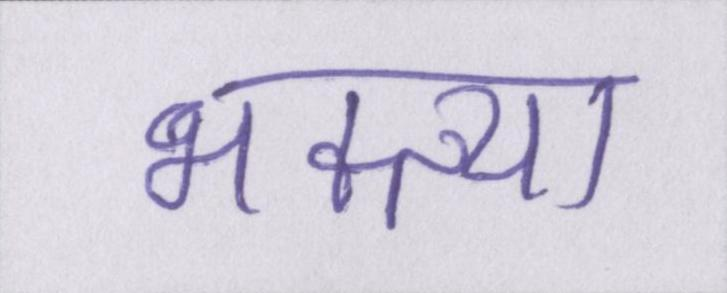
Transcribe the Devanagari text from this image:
भक्त्या